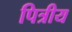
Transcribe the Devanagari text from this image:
पित्रीय